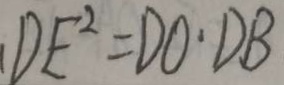
_ { 1 } D E ^ { 2 } = D O \cdot D B